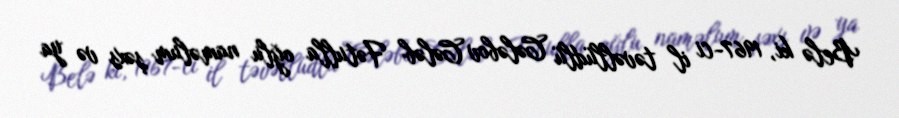
Belə ki, 1967-ci il təvəllüdlü Cələbov Cələb Fətulla oğlu naməlum şəxs və ya